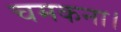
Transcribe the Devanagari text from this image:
चमकना।